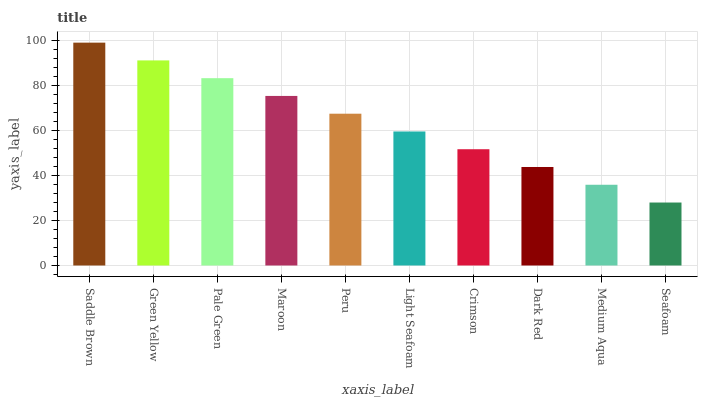
| xaxis_label | bars |
 | --- | --- |
 | Saddle Brown | 99 |
 | Green Yellow | 91.1 |
 | Pale Green | 83.2 |
 | Maroon | 75.3 |
 | Peru | 67.4 |
 | Light Seafoam | 59.5 |
 | Crimson | 51.7 |
 | Dark Red | 43.8 |
 | Medium Aqua | 35.9 |
 | Seafoam | 28 |